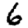
Digit: 6